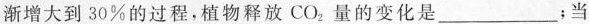
渐增大到30\%的过程，植物释放CO_{2}量的变化是___；当